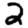
Digit: 2